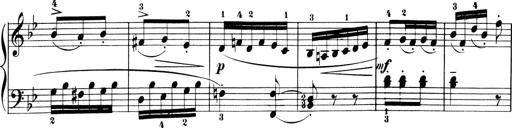
Title: 6 Piano Sonatinas
Composer: Cornelius Gurlitt